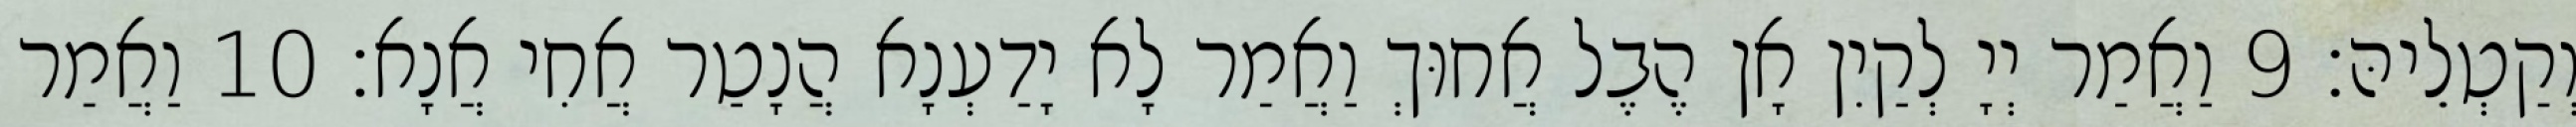
וְקַטְלֵיהּ׃ 9 וַאֲמַר יְיָ לְקַיִן אָן הֶבֶל אֲחוּךְ וַאֲמַר לָא יָדַעְנָא הֲנָטַר אֲחִי אֲנָא׃ 10 וַאֲמַר